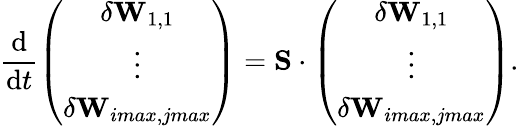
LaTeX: \frac{\mathrm{d}}{\mathrm{d}t}\left(\begin{array}{c}{\delta\mathbf{W}_{1,1}}\\ {\vdots}\\ {\delta\mathbf{W}_{imax,jmax}}\end{array}\right)=\mathbf{S}\cdot\left(\begin{array}{c}{\delta\mathbf{W}_{1,1}}\\ {\vdots}\\ {\delta\mathbf{W}_{imax,jmax}}\end{array}\right).